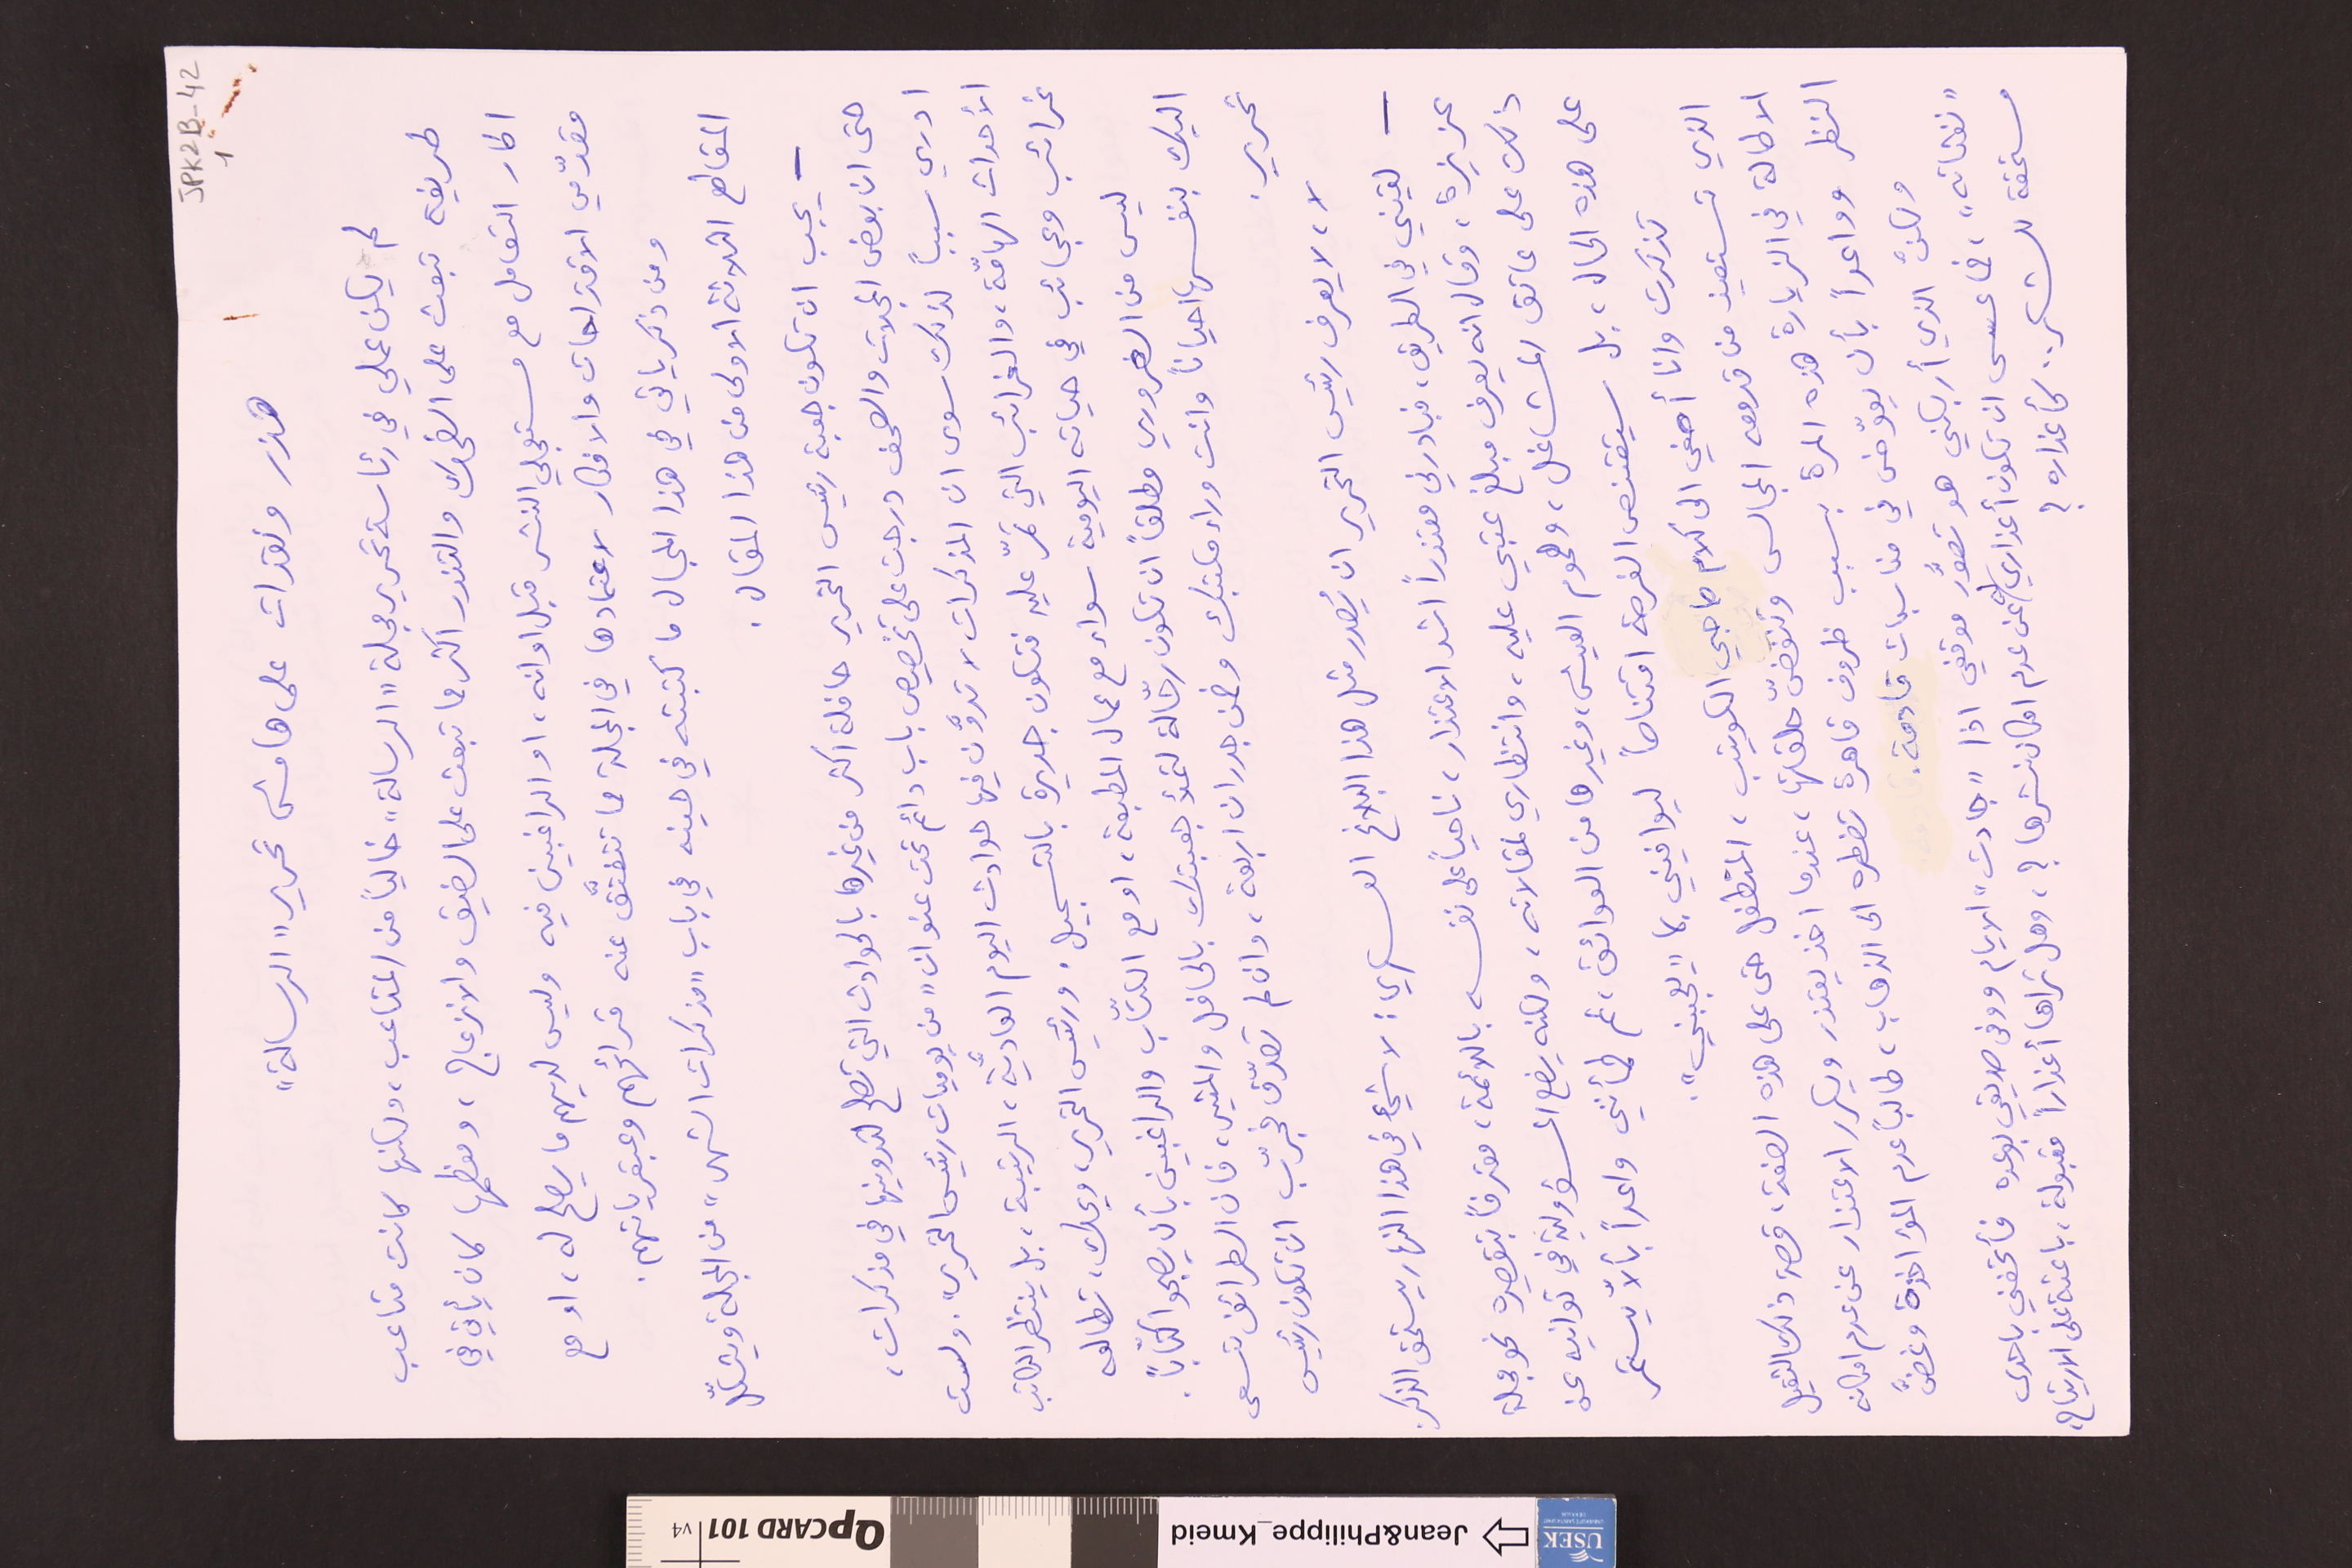
JPK2B-42 	1
هذر ونقدات على هامش تحرير "الرسالة"
لم يكن عملي في رئاسة تحرير مجلة "الرسالة" خالياً من المتاعب، ولكنها كانت متاعب
طريفة تبعث على الضحك والتندر اكثر مما تبعث على الضيق والانزعاج، ومعظمها كان يأتي في
اطار التعامل مع مستعجلي النشر قبل اوانه، او الراغبين فيه وليس لديهم ما يصلح له، او مع
مقدّمي الاقتراحات والافكار لاعتمادها في المجلة مما تتفتَّق عنه قرائهم وعبقرياتهم.
ومن ذكرياتي في هذا المجال ما كتبته في حينه في باب "مذكرات الشهر" من المجلة ويشكّل
المقاطع الثلاثة الاولى من هذا المقال.
- يجب ان تكون جعبة رئيس التحرير حافلة اكثر من غيرها بالحوادث التي تصلح لتدوينها في مذكرات،
حتى ان بعض المجلات والصحف درجت على تخصيص باب دائم تحت عنوان "من يوميات رئيس التحرير". ولست
ادري سبباً لذلك سوى ان المذكرات لا تدوَّن فيها حوادث اليوم العاديَّة، الرتيبة، بل ينتظر الكاتب
الأحداث الهامّة، والغرائب التي تمرّ عليه فتكون جديرة بالتسجيل. ورئيس التحرير ويحك، تطالعه
غرائب وعجائب في حياته اليومية سواء مع عمال المطبعة، او مع الكتّاب والراغبين بأن يصبحوا كتّاباً.
ليس من الضروري مطلقاً ان تكون رحّالة لتملأ جعبتك بالحافل والمثير، فان الطرائف تسعى
اليك بنفسها احيانا وانت وراء مكتبك وضمن جدران اربعة، وان لم تصدّق فجرّب ان تكون رئيس
تحرير.
لا، لا يعرف رئيس التحرير ان يُصدر مثل هذا البلاغ العسكري : لا شيء في هذا النهار يستحق الذكر.
- لقيني في الطريق، فبادرني معتذراً اشد الاعتذار، ناحياً على نفسه باللائمة، معترفاً بتقصيره نحو مجلة
عزيزة، وقال انه يعرف مبلغ عتبي عليه، وانتظاري لمقالاته، ولكنه يضع المسؤولية في توانيه عن
ذلك على عاتق المشاغل، وهموم العيش، وغيرها من العوائق، ثم طمأنني واعداً بألاّ يستمر
على هذه الحال، بل سيتقنص الفرصة اقتناصاً ليوافيني بما "يعجبني".
تذكرت وان أصغي الى كلام صاحبي الكويتب، المتطفل حتى على هذه الصفة، قصة ذلك الثقيل
الذي تستعين من قدومه المجالس وتنفضّ حلقاتها، عندما اخذ يعتذر ويكرر الاعتذار عن عدم امكانه
الاطالة في الزيارة هذه المرة بسبب ظروف قاهرة تضطره الى الذهاب، طالباً عدم المؤاخذة وغضَّ
النظر وواعداً بأن يعوّض في مناسبات قادمة.
ولكنَّ الذي أربكني هو تصوُّر موقفي اذا "جادت" الايام ووفى صديقي بوعده فأتحفني باحدى
"نفثاته"، فما عسى ان تكون أعذاري له عن عدم امكان نشرها؟، وهل تراها أعذاراً مقبولة، باعثة على الارتياح،
مستحقة للشكر.. كأعذاره ؟